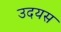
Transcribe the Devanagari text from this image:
उदयस